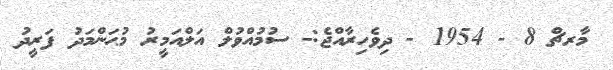
މާރޗް 8 - 1954 - ދިވެހިރާއްޖެ:- ސުމުއްވުލް އަލްއަމީރު މުޙަންމަދު ފަރީދު